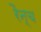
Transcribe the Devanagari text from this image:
रैन्च